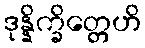
ဒုန္နိက္ခိတ္တေဟိ